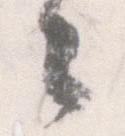
々